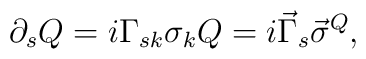
\partial_s Q = i \Gamma_{sk} \sigma_k Q = i \vec{\Gamma}_s \vec{\sigma}^Q ,